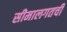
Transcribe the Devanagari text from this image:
सीमालगतची